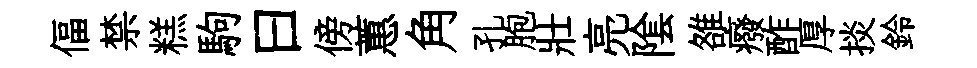
偪禁糕駒曰傍蕙角孔胞壯亮隂雒癈酢厚掞鈴